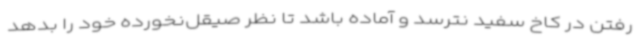
رفتن در کاخ سفید نترسد و آماده باشد تا نظر صیقل‌نخورده خود را بدهد